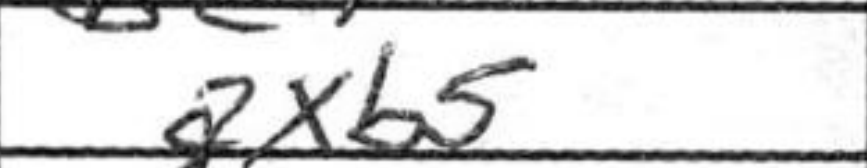
Transcription: Bxe3